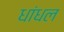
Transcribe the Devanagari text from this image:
धांधल